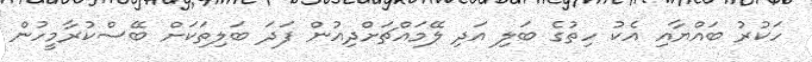
ހަކުރު ބައްޔާއި އެކު ހިތުގެ ބަލި އަދި ލޭމައްޗަށްދިއުން ފަދަ ބަލިތަކަށް ބޭސްކުރާމީހުން